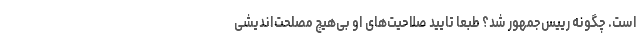
است. چگونه رییس‌جمهور شد؟ طبعا تایید صلاحیت‌های او بی‌هیچ مصلحت‌اندیشی